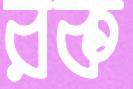
রক